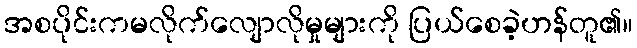
အစပိုင်းကမလိုက်လျောလိုမှုများကို ပြယ်စေခဲ့ဟန်တူ၏။